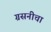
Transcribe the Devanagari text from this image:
ग्रसनीचा